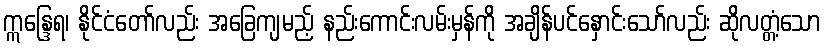
ဣန္ဒြေရ၊ နိုင်ငံတော်လည်း အခြေကျမည့် နည်းကောင်းလမ်းမှန်ကို အချိန်ပင်နှောင်းသော်လည်း ဆိုလတ္တံ့သော